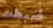
ضبطت